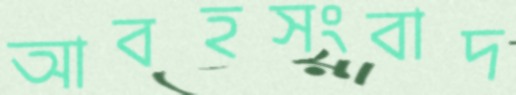
আবহসংবাদ